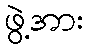
ဖွဲ့အား